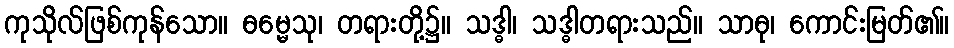
ကုသိုလ်ဖြစ်ကုန်သော။ ဓမ္မေသု၊ တရားတို့၌။ သဒ္ဓါ၊ သဒ္ဓါတရားသည်။ သာဓု၊ ကောင်းမြတ်၏။